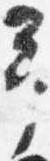
予